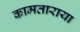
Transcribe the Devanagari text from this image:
कामताराया